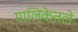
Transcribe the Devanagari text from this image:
मालिकेतले